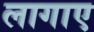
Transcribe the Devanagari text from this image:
लागाए